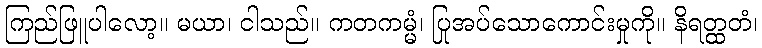
ကြည်ဖြူပါလော့။ မယာ၊ ငါသည်။ ကတကမ္မံ၊ ပြုအပ်သောကောင်းမှုကို။ နိရတ္ထတံ၊